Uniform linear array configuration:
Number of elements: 4
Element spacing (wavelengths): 0.75
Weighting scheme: binomial
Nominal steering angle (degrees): -60
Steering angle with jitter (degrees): -59.103
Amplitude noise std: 0.05
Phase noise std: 0.05

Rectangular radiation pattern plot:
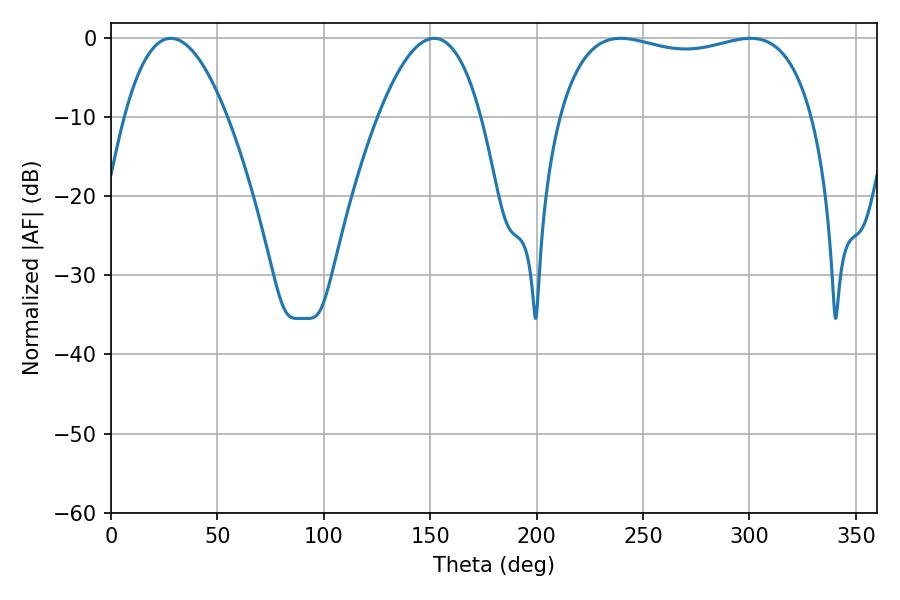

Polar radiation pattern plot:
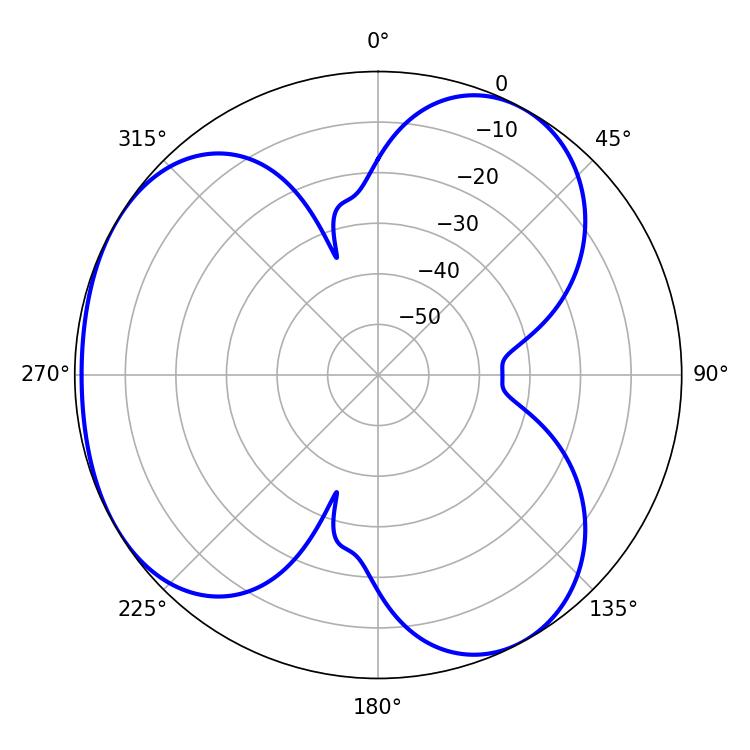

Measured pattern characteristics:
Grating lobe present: TRUE
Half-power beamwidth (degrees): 97.2
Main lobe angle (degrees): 239.58